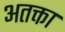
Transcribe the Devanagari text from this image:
अतक्ता